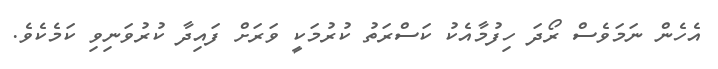
އެހެން ނަމަވެސް ރޯދަ ހިފުމާއެކު ކަސްރަތު ކުރުމަކީ ވަރަށް ފައިދާ ކުރުވަނިވި ކަމެކެވެ.